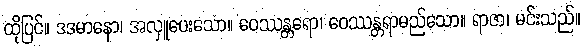
ထိုပြင်။ ဒဒမာနော၊ အလှူပေးသော။ ဝေဿန္တရော၊ ဝေဿန္တရာမည်သော။ ရာဇာ၊ မင်းသည်။